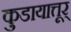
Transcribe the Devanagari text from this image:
कुडायात्तूर्